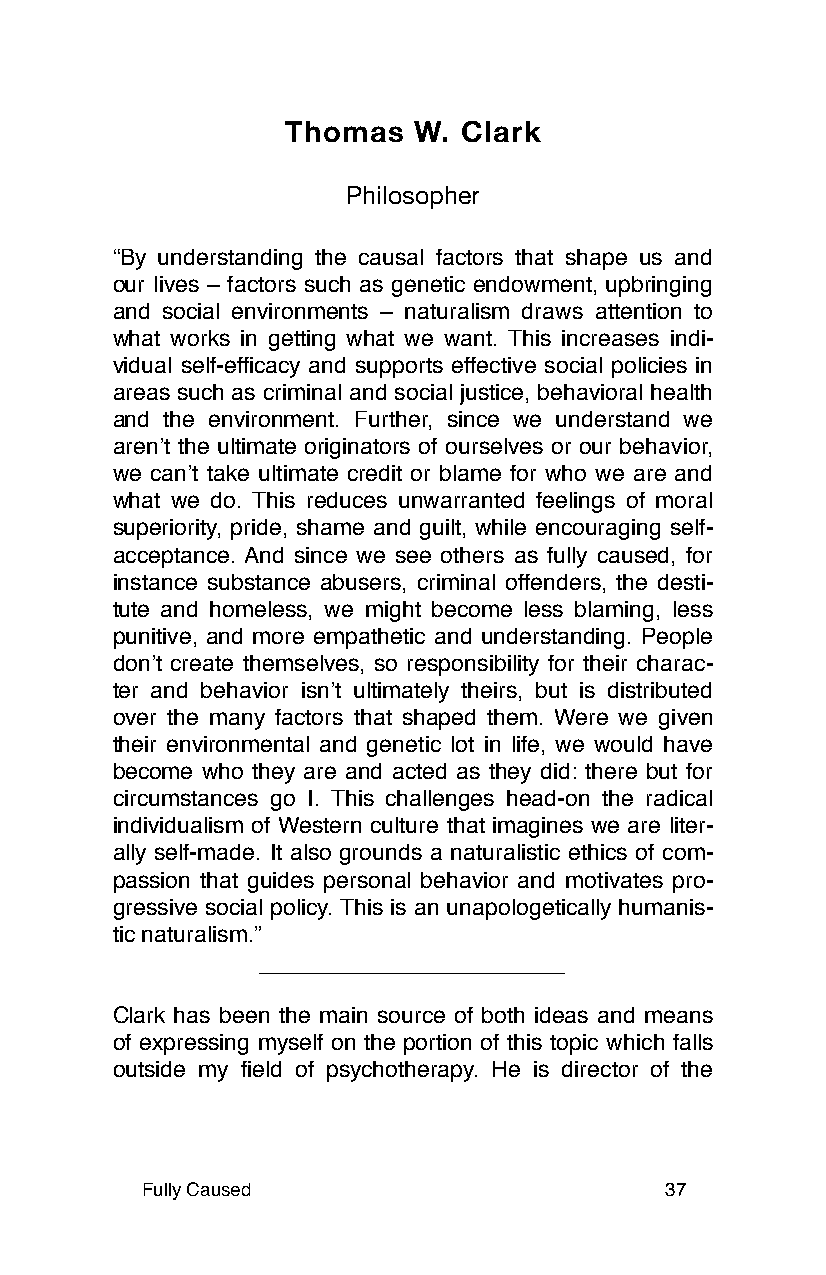
Thomas  W. Clark
 Philosopher
 “By understanding the causal factors that shape us and
 our lives – factors such as genetic endowment, upbringing
 and social environments – naturalism draws attention to
 what works in getting what we want. This increases indi-
 vidual self-efficacy and supports effective social policies in
 areas such as criminal and social justice, behavioral health
 and the environment. Further, since we understand we
 arenʼt the ultimate originators of ourselves or our behavior,
 we canʼt take ultimate credit or blame for who we are and
 what we do. This reduces unwarranted feelings of moral
 superiority, pride, shame and guilt, while encouraging self-
 acceptance. And since we see others as fully caused, for
 instance substance abusers, criminal offenders, the desti-
 tute and homeless, we might become less blaming, less
 punitive, and more empathetic and understanding. People
 donʼt create themselves, so responsibility for their charac-
 ter and behavior isnʼt ultimately theirs, but is distributed
 over the many factors that shaped them. Were we given
 their environmental and genetic lot in life, we would have
 become who they are and acted as they did: there but for
 circumstances go I. This challenges head-on the radical
 individualism of Western culture that imagines we are liter-
 ally self-made. It also grounds a naturalistic ethics of com-
 passion that guides personal behavior and motivates pro-
 gressive social policy. This is an unapologetically humanis-
 tic naturalism.”
 Clark has been the main source of both ideas and means
 of expressing myself on the portion of this topic which falls
 outside my field of psychotherapy. He is director of the
 Fully Caused                       37